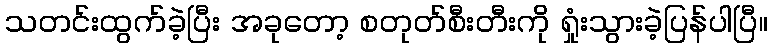
သတင်းထွက်ခဲ့ပြီး အခုတော့ စတုတ်စီးတီးကို ရှုံးသွားခဲ့ပြန်ပါပြီ။